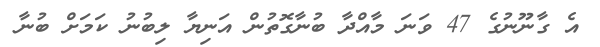
އެ ގާނޫނުގެ 47 ވަނަ މާއްދާ ބުނާގޮތުން އަނިޔާ ލިބުނު ކަމަށް ބުނާ